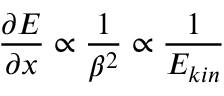
\frac { \partial E } { \partial x } \propto \frac { 1 } { \beta ^ { 2 } } \propto \frac { 1 } { E _ { \mathrm { } k i n } }